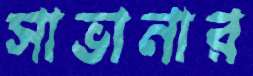
সাভানার